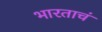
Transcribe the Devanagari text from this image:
भारताचं